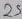
Text: 25